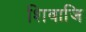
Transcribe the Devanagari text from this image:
शिवाजि